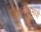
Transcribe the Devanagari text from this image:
पुराव्यांअभावी